Civil Veterinary Department Bengal reports 1923-33 - 1923-1933
Year: 1923
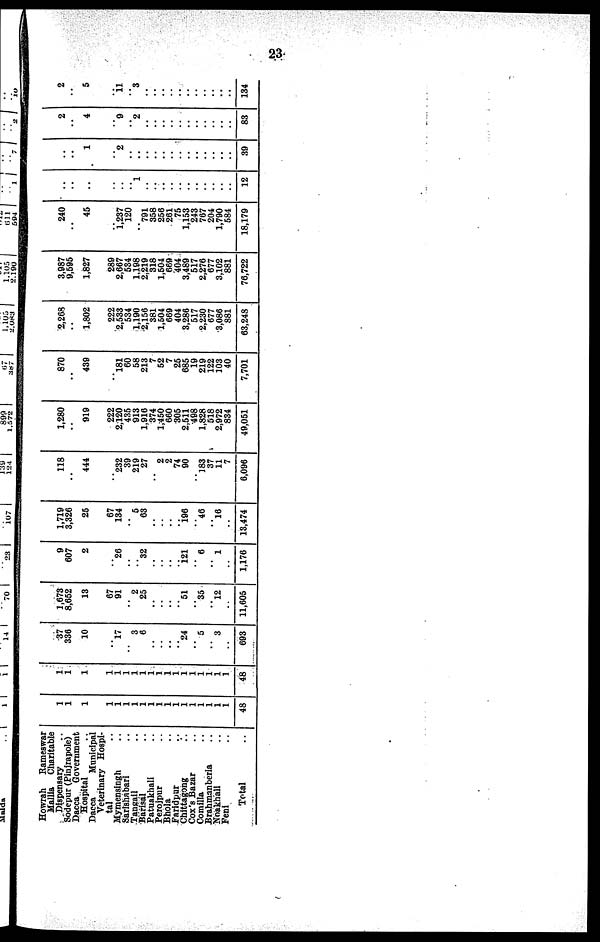
23
Howrah
Rameswar
Mallia Charitable
Dispensary
Sodepur (Pinjrapole)
Dacca
Government
Hospital
Dacca
Municipal
Veterinary Hospi-
tal ..
Mymensingh ..
Sarishabari
Tangail ..
Barisal ..
Patuakhali ..
Perojpur ..
Bhola ..
Faridpur ..
Chittagong ..
Cox's Bazar ..
Comilla ..
Brahmanberia ..
Noakhali ..
Feni ..
Total
1
1
1
1
1
1
1
1
1
1
1
1
1
1
1
1
1
1
48
1
1
1
1
1
1
1
1
1
1
1
1
1
1
1
1
1
1
48
37
336
10
..
l7
..
3
6
..
..
..
..
24
..
5
..
3
..
693
3,673
8,652
13
67
91
..
2
25
..
..
..
..
51
..
35
..
l2
..
11,605
9
607
2
..
26
..
..
32
..
..
..
..
121
..
6
..
1
..
1,176
1,719
3,326
25
67
134
..
5
63
..
..
..
..
196
..
46
..
l6
..
13,474
118
..
444
..
232
39
219
27
..
2
2
74
90
..
183
37
11
7
6,096
1,280
..
919
222
2,120
435
913
1,916
374
1,450
660
305
2,511
498
1,828
518
2,972
834
49,051
870
..
439
..
181
60
58
213
7
52
7
25
685
19
219
122
103
40
7,701
2,268
..
1,802
222
2,533
534
1,190
2,156
381
1,504
669
404
3,286
517
2,230
677
3,086
881
63,248
3,987
9,595
1,827
289
2,667
534
1,198
2,219
318
1,504
669
404
3,489
517
2,276
677
3,102
881
76,722
240
..
45
..
1,237
120
..
791
358
256
261
75
1,153
243
767
204
1,790
584
18,179
..
..
..
..
..
1
..
..
..
..
..
..
..
..
..
..
..
12
..
..
1
..
2
..
..
..
..
..
..
..
..
..
..
..
..
..
39
2
..
4
..
9
..
2
..
..
..
..
..
..
..
..
..
..
..
83
2
..
5
..
11
..
3
..
..
..
..
..
..
..
..
..
..
..
134